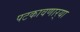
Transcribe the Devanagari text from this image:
पटकावणार्‍या